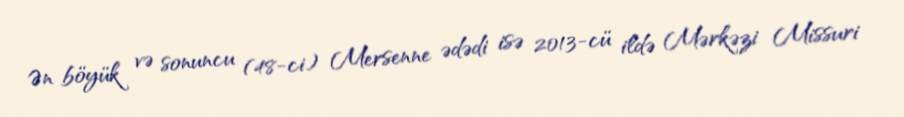
Ən böyük və sonuncu (48-ci) Mersenne ədədi isə 2013-cü ildə Mərkəzi Missuri